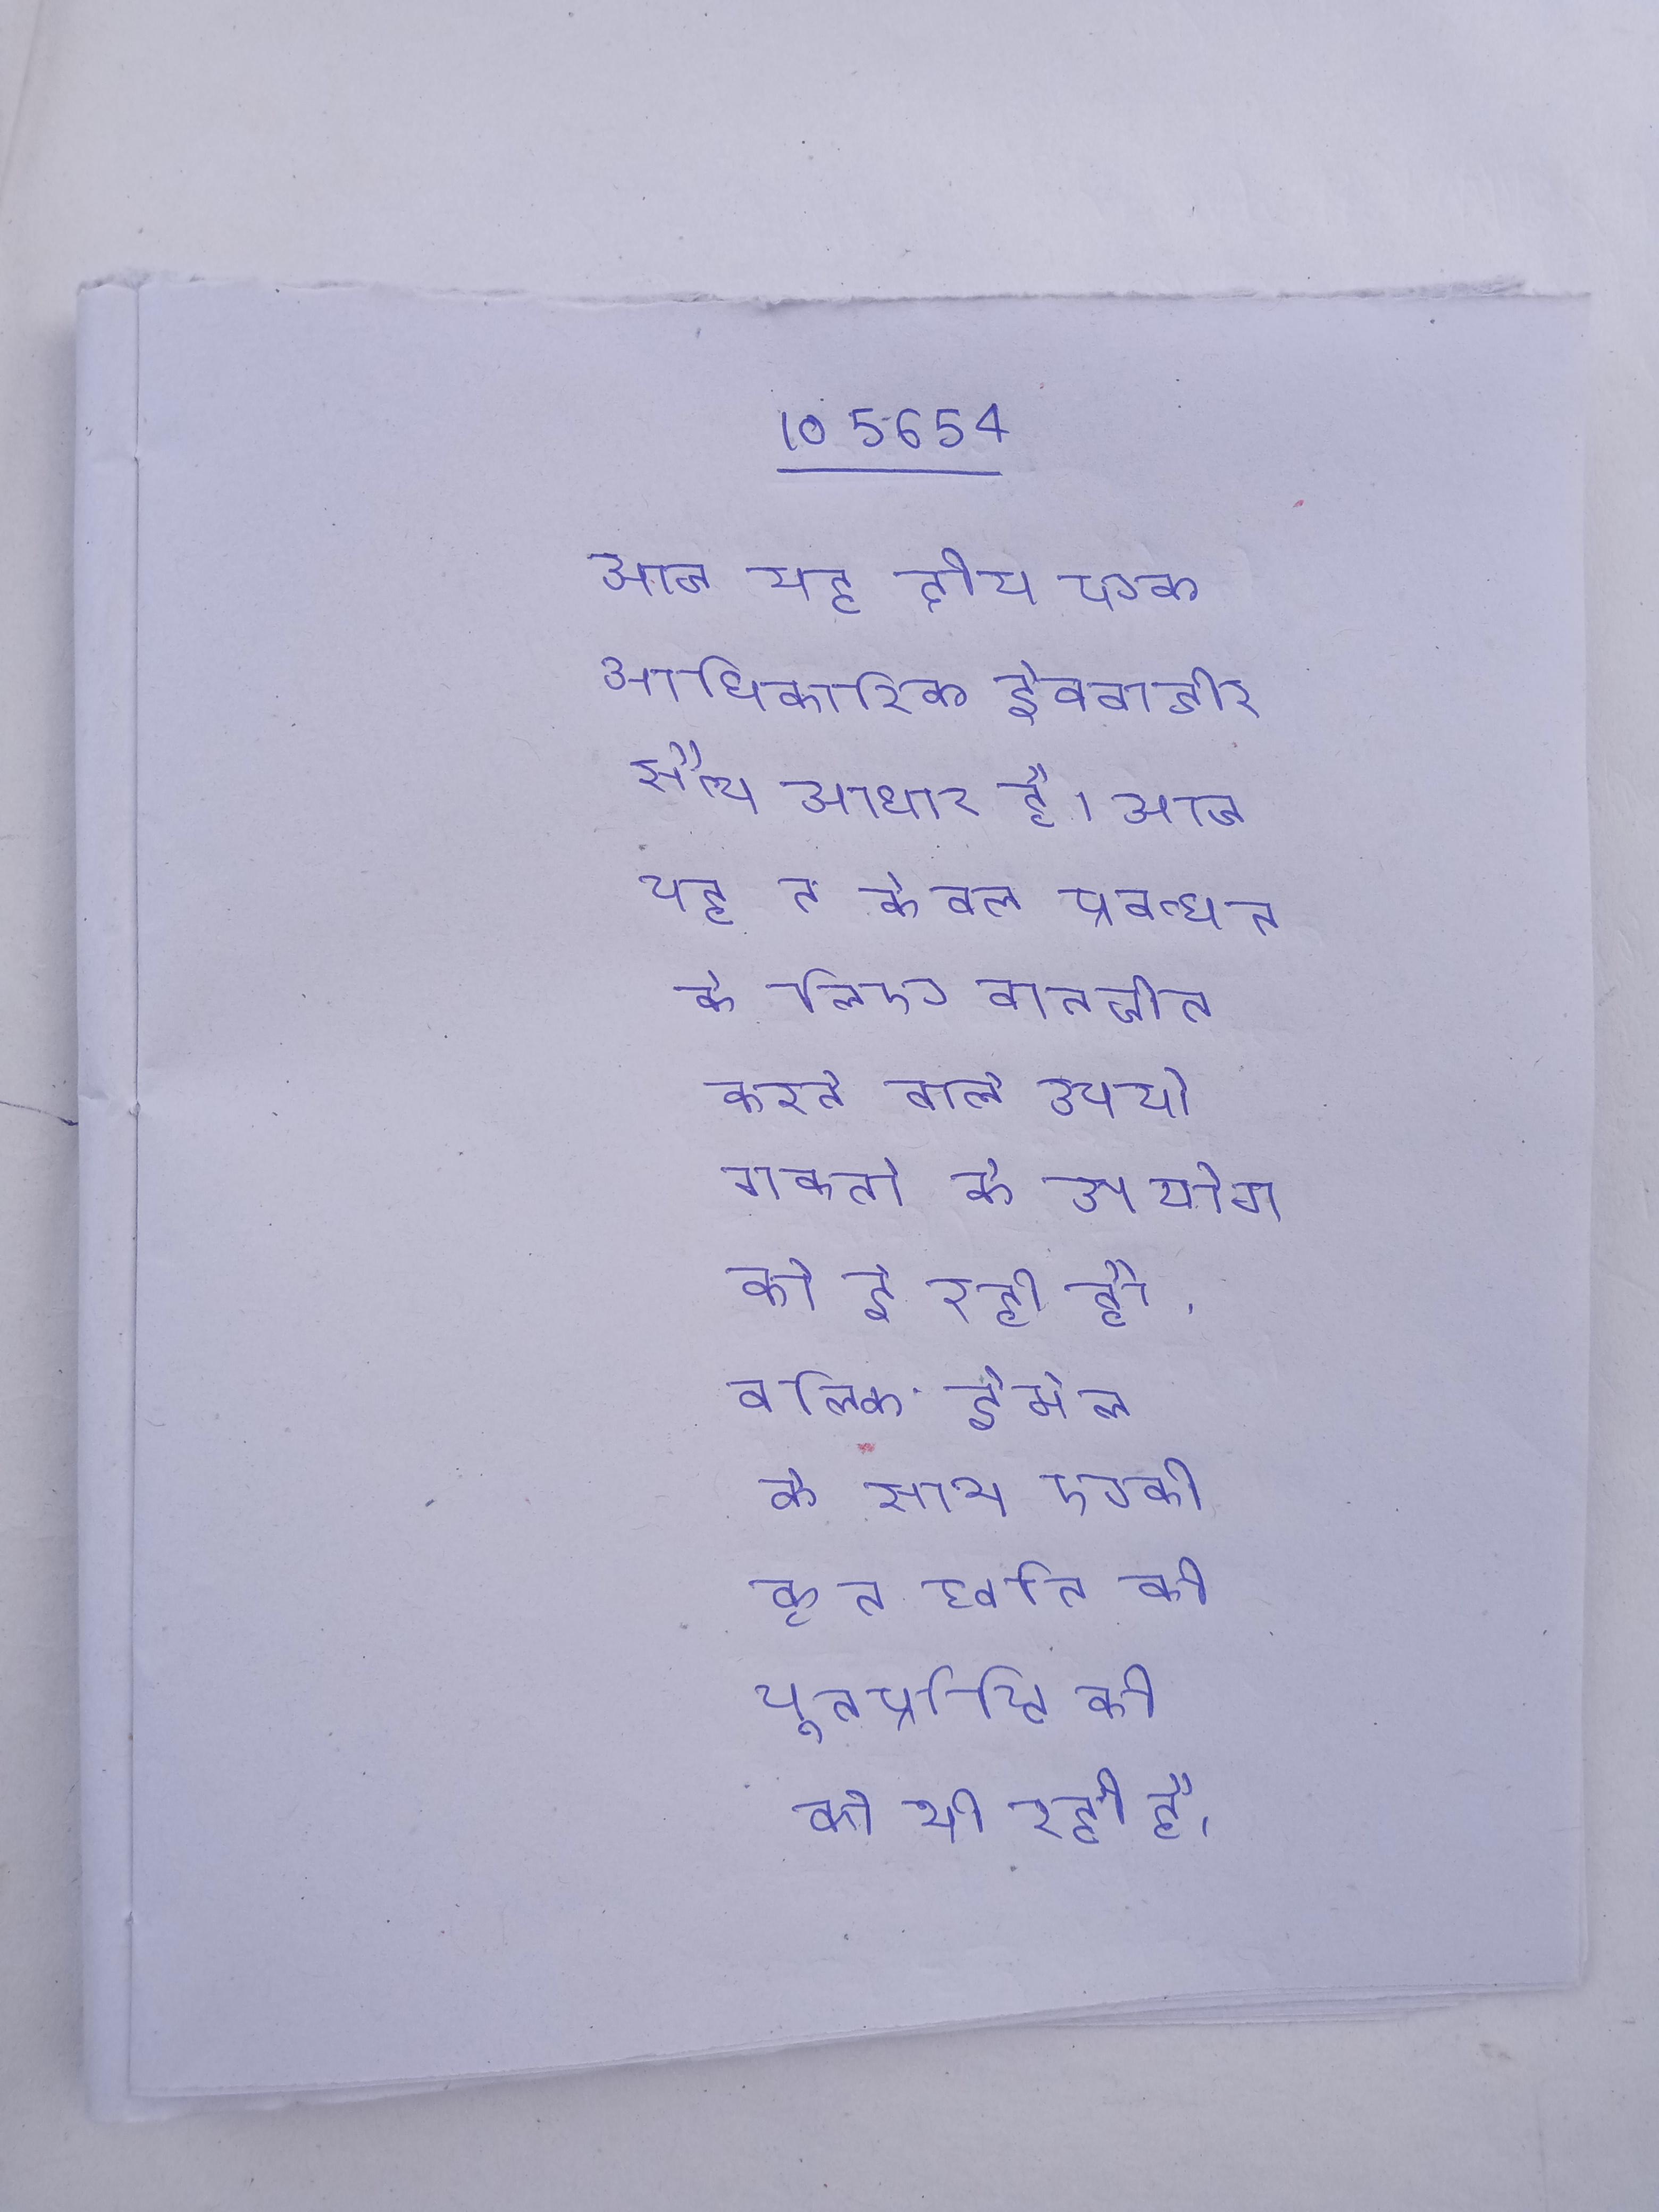
आज यह द्वीप एक आधिकारिक ईक्वाडोर सैन्य आधार है । आज यह न केवल प्रबन्धन के लिए बातचीत करने वाले उपयोगकर्ता के उपयोग को दे रही है, बल्कि ईमेल के साथ एकीकृत ध्वनि की पुनर्प्राप्ति की को भी रही है ।